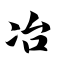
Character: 冶